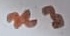
Text: n3